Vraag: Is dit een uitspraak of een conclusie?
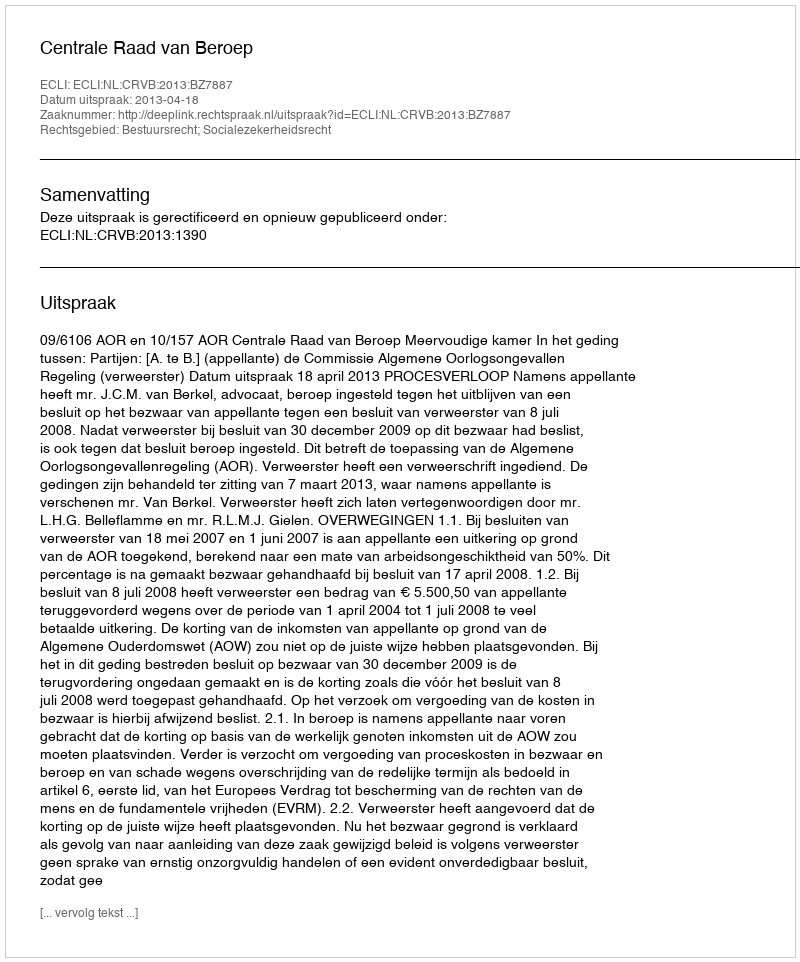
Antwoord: Uitspraak